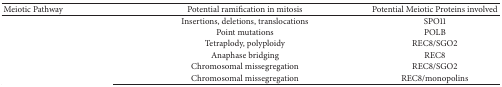
<table><thead><tr><td><b>Meiotic Pathway</b></td><td><b>Potential ramification in mitosis</b></td><td><b>Potential Meiotic Proteins involved</b></td></tr></thead><tbody><tr><td>[EMPTY_CELL]</td><td>Insertions, deletions, translocations</td><td>SPO11</td></tr><tr><td>[EMPTY_CELL]</td><td>Point mutations</td><td>POLB</td></tr><tr><td>[EMPTY_CELL]</td><td>Tetraplody, polyploidy</td><td>REC8/SGO2</td></tr><tr><td>[EMPTY_CELL]</td><td>Anaphase bridging</td><td>REC8</td></tr><tr><td>[EMPTY_CELL]</td><td>Chromosomal missegregation</td><td>REC8/SGO2</td></tr><tr><td>[EMPTY_CELL]</td><td>Chromosomal missegregation</td><td>REC8/monopolins</td></tr></tbody></table>